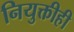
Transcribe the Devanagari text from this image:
नियुक्तीही